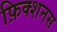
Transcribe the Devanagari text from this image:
फ़िक्शनस